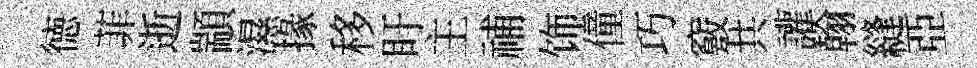
徳菲逝顓濕掾移盱主𥙷饰僮巧竅共讙翰縫亞